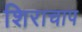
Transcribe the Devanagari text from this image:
शिराचाप